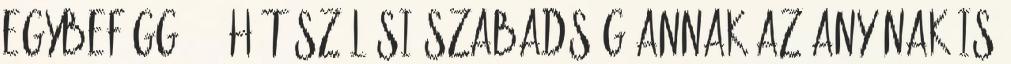
egybefüggő 24 hét szülési szabadság annak az anyának is